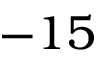
- 1 5